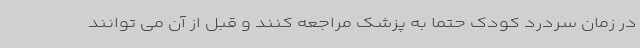
در زمان سردرد کودک حتما به پزشک مراجعه کنند و قبل از آن می توانند